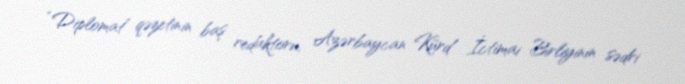
“Diplomat” qəzetinin baş redaktoru, Azərbaycan Kürd İctimai Birliyinin sədri